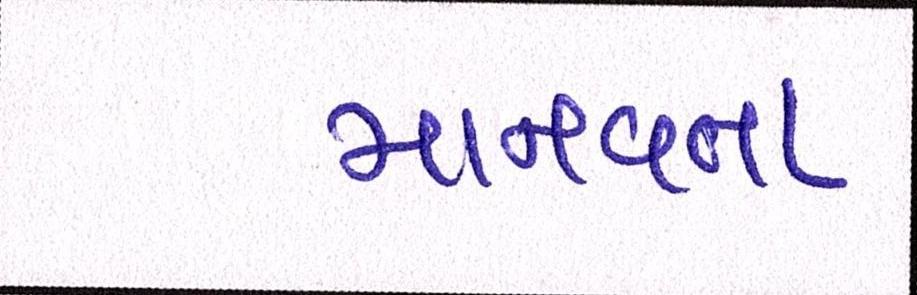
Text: માનવતા